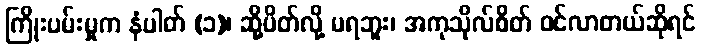
ကြိုးပမ်းမှုက နံပါတ် (၁)၊ ဆို့ပိတ်လို့ မရဘူး၊ အကုသိုလ်စိတ် ဝင်လာတယ်ဆိုရင်